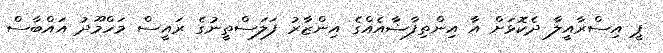
ޕީ އިސްރާއީލާ ދެކޮޅަށް އާ އިންތިފާޟާއެއްގެ އިންޒާރު ފަލަސްތީނުގެ ރައީސް މަހްމޫދު އައްބާސް